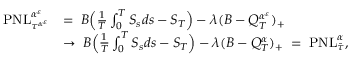
\begin{array} { r l } { \mathrm { P N L } _ { \tau ^ { \alpha ^ { \varepsilon } } } ^ { \alpha ^ { \varepsilon } } } & { = \; B \Big ( \frac { 1 } { T } \int _ { 0 } ^ { T } S _ { s } d s - S _ { T } \Big ) - \lambda ( B - Q _ { T } ^ { \alpha ^ { \varepsilon } } ) _ { + } } \\ & { \rightarrow \; B \Big ( \frac { 1 } { T } \int _ { 0 } ^ { T } S _ { s } d s - S _ { T } \Big ) - \lambda ( B - Q _ { T } ^ { \alpha } ) _ { + } \; = \; \mathrm { P N L } _ { \bar { \tau } } ^ { \alpha } , } \end{array}